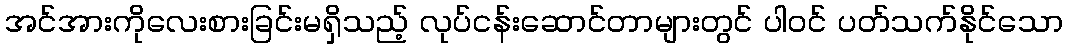
အင်အားကိုလေးစားခြင်းမရှိသည့် လုပ်ငန်းဆောင်တာများတွင် ပါဝင် ပတ်သက်နိုင်သော